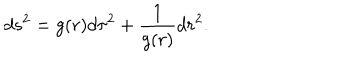
LaTeX: d s ^ { 2 } = g ( r ) d \tau ^ { 2 } + { \frac { 1 } { g ( r ) } } d r ^ { 2 } .